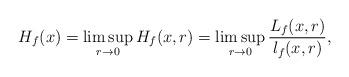
LaTeX: \begin{align*}H_f(x)=\limsup_{r\to 0} H_f(x,r)=\limsup_{r\to 0}\frac{L_f(x,r)}{l_f(x,r)},\end{align*}